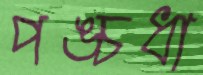
পঙ্চধা